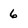
Character: 6